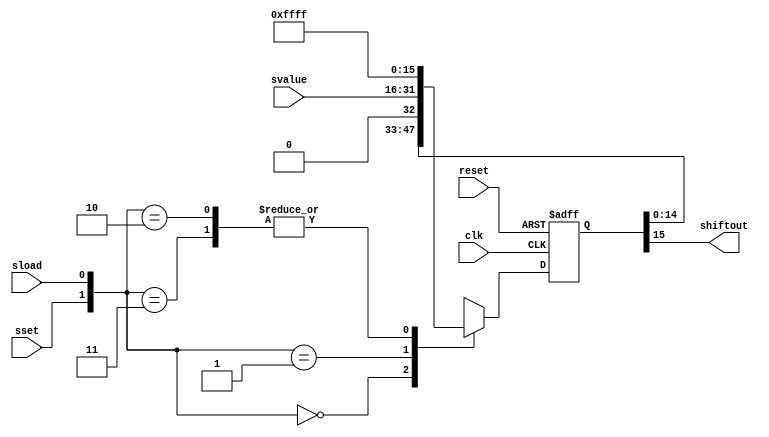
`timescale 1ns / 1ps
//////////////////////////////////////////////////////////////////////////////////
// Company: 
// Engineer: 
// 
// Design Name: 
// Module Name:    shiftreg_in 
// Project Name: 
// Target Devices: 
// Tool versions: 
// Description: 
//
// Dependencies: 
//
// Revision: 
// Revision 0.01 - File Created
// Additional Comments: 
//
//////////////////////////////////////////////////////////////////////////////////
module L_shiftreg_out_16(reset, clk, sset, sload, svalue, shiftout);
    input reset;
    input clk;
    input sset;
    input sload;
    input [15:0] svalue;
    output shiftout;

    wire reset;
    wire clk;
    wire sset;
    wire sload;
    wire [15:0] svalue;
    wire shiftout;
	 
	 
	 wire [1:0] cfg;
	 assign cfg = {sset,sload};

	reg [15:0] q ;
	 
	 assign shiftout = q[15];
	 
	 always @(negedge reset or posedge clk)
	 begin
	 if(~reset)
	 q = 16'h0;
	 else 
	 case(cfg)
	 2'b00 : q = q << 1;
	 2'b01 : q = svalue;
	 2'b10, 2'b11 : q = 16'hffff;
	 default : q = 16'hffff;
	 endcase
	 end
	 

endmodule